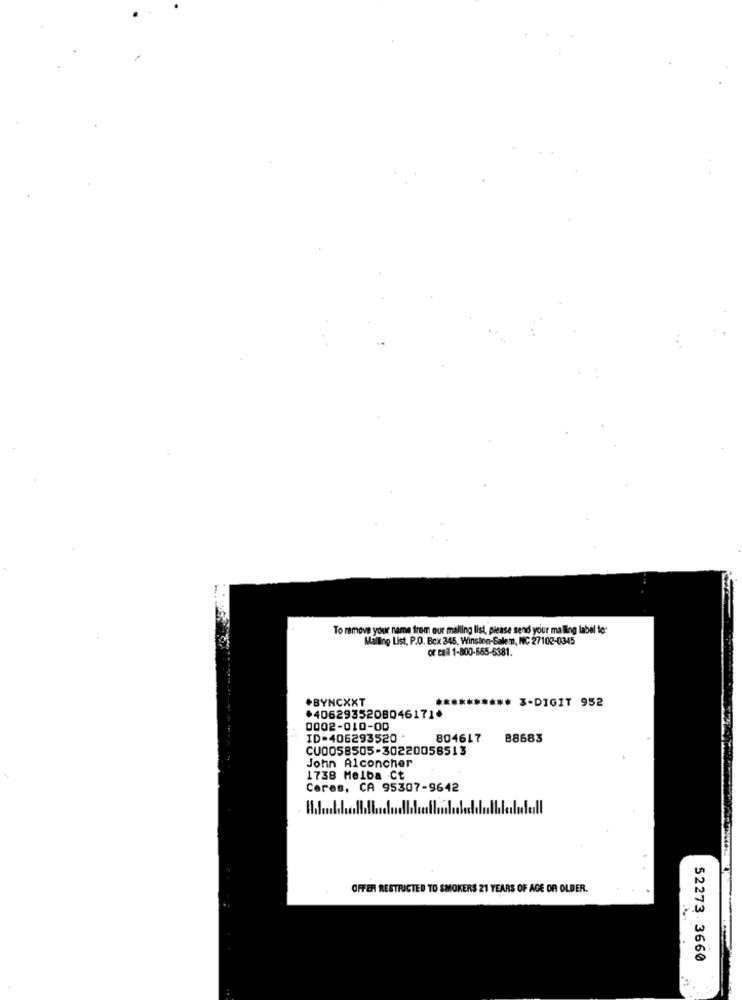
To remove your name from our mailing list, please send your ma lling label to:
Mailing List, P.O. Box 345, Winston-Salem, NC 27102-0345
or call 1-800-665-6381.
*BYNCXXT
# 3-DIGIT 952
+4062935208046171*
0002-010-00
ID-406293520 *
804617
88683
CU0058505-30220058513
John Alconcher
1738 Melba Ct
Ceres, CA 95307-9642
OFFER RESTRICTED TO SMOKERS 21 YEARS OF AGE OR OLDER.
52273 3660